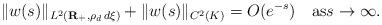
LaTeX: \begin{align*}\|w(s)\|_{L^2({\bf R}_+,\rho_d\,d\xi)}+\|w(s)\|_{C^2(K)}=O(e^{-s})\quad\mbox{as}s\to\infty. \end{align*}